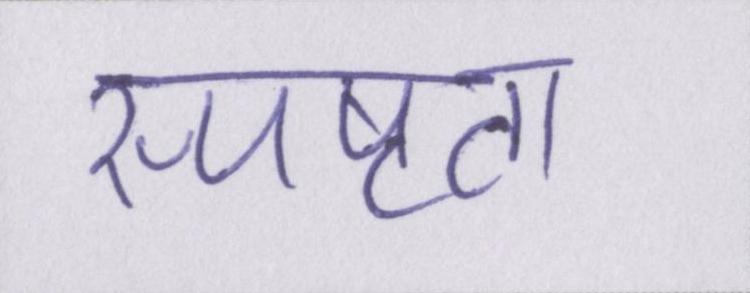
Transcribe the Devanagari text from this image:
स्पष्टता